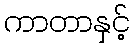
ကာတာနှင့်